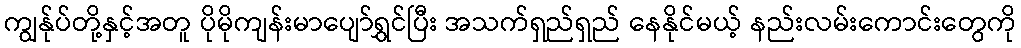
ကျွန်ုပ်တို့နှင့်အတူ ပိုမိုကျန်းမာပျော်ရွှင်ပြီး အသက်ရှည်ရှည် နေနိုင်မယ့် နည်းလမ်းကောင်းတွေကို